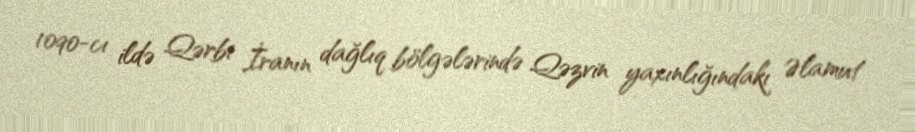
1090-cı ildə Qərbi İranın dağlıq bölgələrində Qəzvin yaxınlığındakı Əlamut